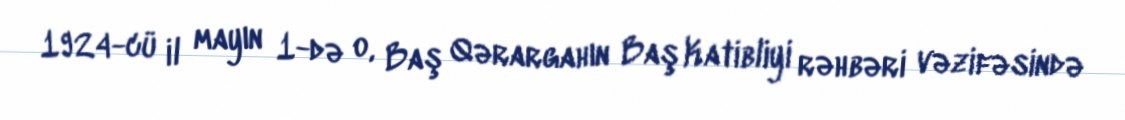
1924-cü il mayın 1-də o, Baş Qərargahın Baş Katibliyi rəhbəri vəzifəsində